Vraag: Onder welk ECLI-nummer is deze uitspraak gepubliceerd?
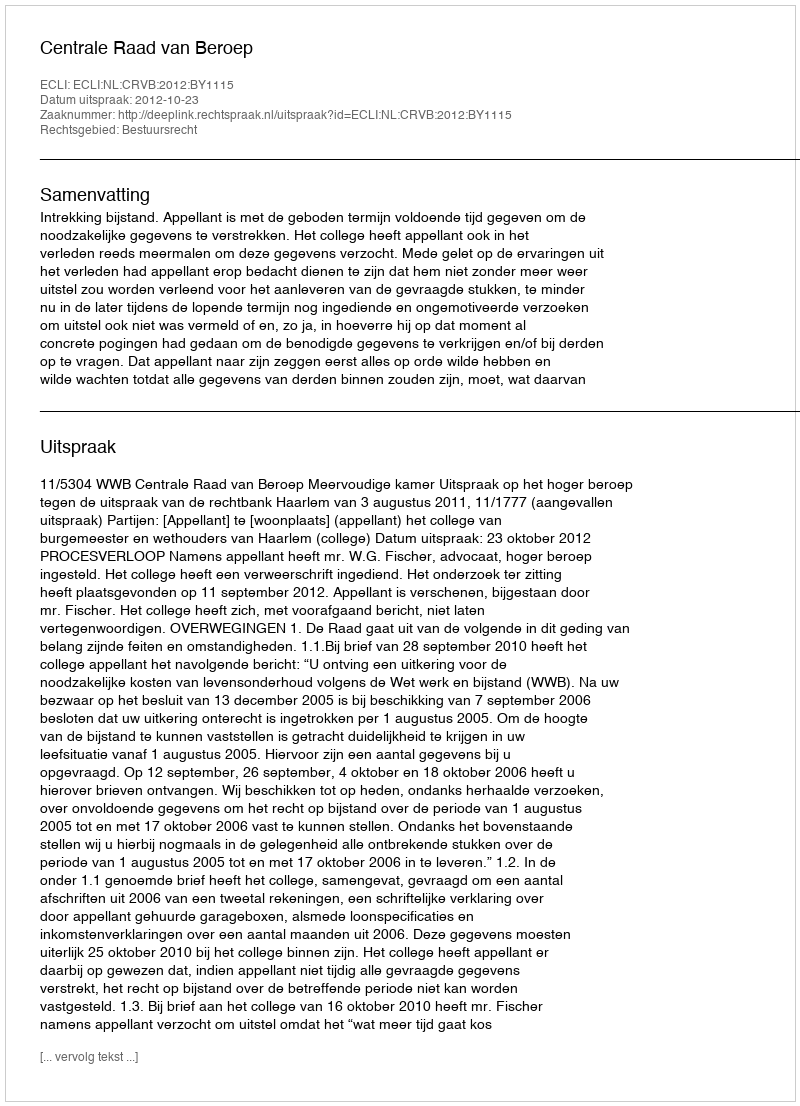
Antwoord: ECLI:NL:CRVB:2012:BY1115